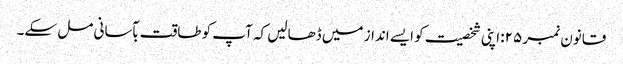
قانون نمبر ۲۵: اپنی شخصیت کو ایسے انداز میں ڈھالیں کہ آپ کو طاقت بآسانی مل سکے۔